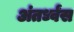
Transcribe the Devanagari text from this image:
अंतर्ध्वंस